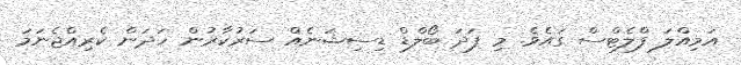
އަމިއްލަ ފްލެޓްސް ގައެވެ. މި ފަދަ ބޯލްޑް ޑިސިޝަނެއް ސަރުކާރުން ހަދަން ކެރިއްޖެނަމަ